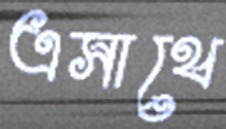
এসাথে